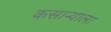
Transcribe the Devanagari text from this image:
कसाऱ्याला